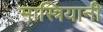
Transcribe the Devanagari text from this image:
मास्त्रियानी